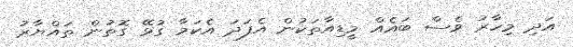
އަދި މިހާރު ވެސް ބައެއް މީޑިއާތަކުން އެފަދަ އެކަމާ ގުޅޭ ގޮތުން ތައްޔާރު